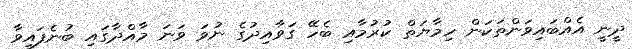
ދީނީ އެއްބައިވަންތަކަން ހިމާޔަތް ކުރުމާއި ބެހޭ ގަވާއިދުގެ ނުވަ ވަނަ މާއްދާގައި ބުނެފައިވާ